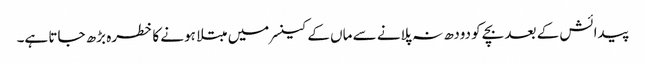
پیدائش کے بعد بچے کو دودھ نہ پلانے سے ماں کے کینسر میں مبتلا ہونے کا خطرہ بڑھ جاتا ہے۔